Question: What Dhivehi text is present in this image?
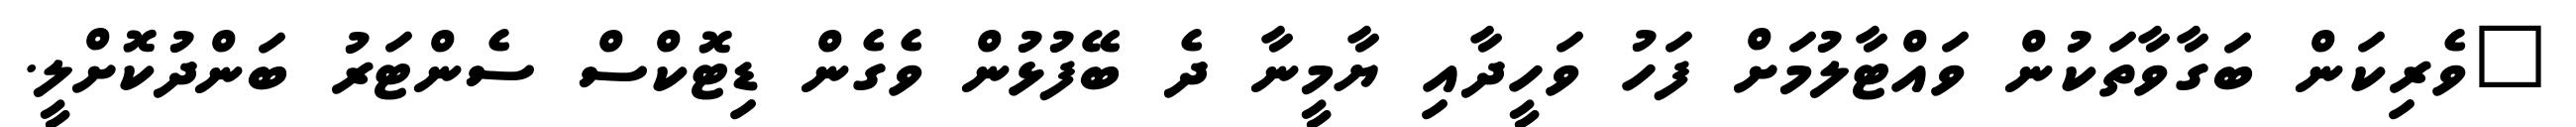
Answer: "ވެރިކަން ބަގާވާތަކުން ވައްޓާލުމަށް ފަހު ވަހީދާއި ޔާމީނާ ދެ ބޭފުޅުން ވެގެން ޑިޓޮކްސް ސެންޓަރު ބަންދުކޮށްލީ.